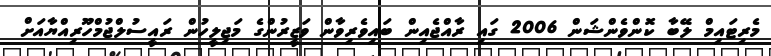
މެރިޓައިމް ލޭބާ ކޮންވެންޝަން 2006 ގައި ރާއްޖެއިން ބައިވެރިވާން ވަޒީރުންގެ މަޖިލީހުން ރައީސުލްޖުމްހޫރިއްޔާއަށް